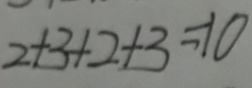
2 + 3 + 2 + 3 = 1 0